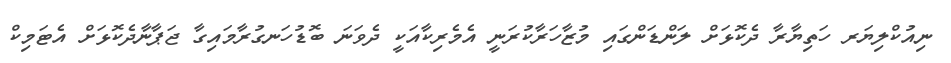
ނިއުކްލިޔަރ ހަތިޔާރާ ދެކޮޅަށް ލަންޑަންގައި މުޒާހަރާކުރަނީ އެމެރިކާއަކީ ދެވަނަ ބޮޑުހަނގުރާމައިގާ ޖަޕާނާދެކޮޅަށް އެޓަމިކް